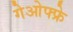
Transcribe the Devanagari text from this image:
गेओफ्फ्रे